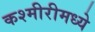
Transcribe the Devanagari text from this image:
कश्मीरीमध्ये